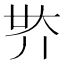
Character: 𡗾